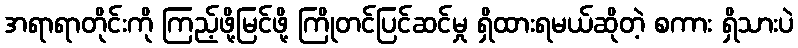
အရာရာတိုင်းကို ကြည့်ဖို့မြင်ဖို့ ကြိုတင်ပြင်ဆင်မှု ရှိထားရမယ်ဆိုတဲ့ စကား ရှိသားပဲ